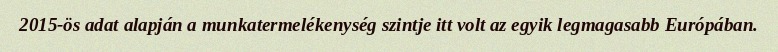
2015-ös adat alapján a munkatermelékenység szintje itt volt az egyik legmagasabb Európában.